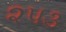
૨૫૩